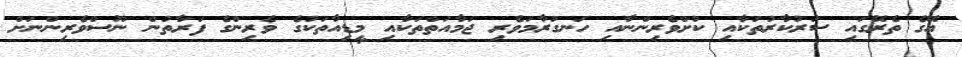
އޭގެ ތެރޭގައި ސަރުކާރުތަކާއި ކުށްވެރިންނާއި ހަނގުރާމަވެރި ޖަމާއަތްތަކާއި މީޑިއާތަކުގެ ވެރިންގެ ފަރާތުން ނޫސްވެރިންނަަށް